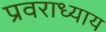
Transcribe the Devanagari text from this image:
प्रवराध्याय